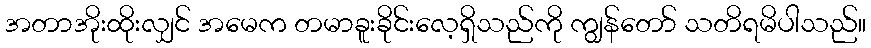
အတာအိုးထိုးလျှင် အမေက တမာခူးခိုင်းလေ့ရှိသည်ကို ကျွန်တော် သတိရမိပါသည်။